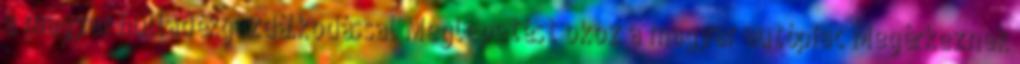
a magyar hulladékgazdálkodással Meglepetést okoz a magyar autópiac Megérkeznek